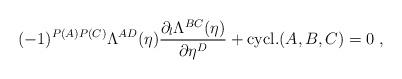
LaTeX: \begin{align*}(-1)^{P(A)P(C)}\Lambda^{AD}(\eta)\frac{\partial_l\Lambda^{BC}(\eta)}{\partial \eta^D}+ {\rm cycl.}(A,B,C)=0\;,\end{align*}